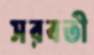
সরবতী